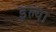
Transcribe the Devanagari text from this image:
डुल्या